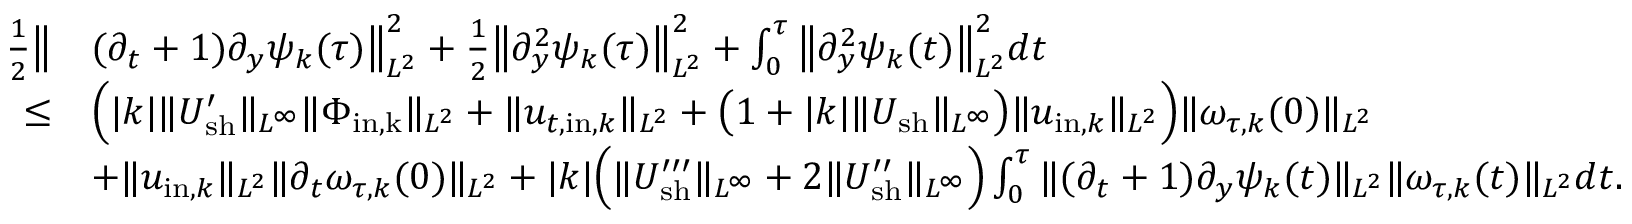
\begin{array} { r l } { \frac { 1 } { 2 } \big \| } & { ( \partial _ { t } + 1 ) \partial _ { y } \psi _ { k } ( \tau ) \big \| _ { L ^ { 2 } } ^ { 2 } + \frac { 1 } { 2 } \big \| \partial _ { y } ^ { 2 } \psi _ { k } ( \tau ) \big \| _ { L ^ { 2 } } ^ { 2 } + \int _ { 0 } ^ { \tau } \big \| \partial _ { y } ^ { 2 } \psi _ { k } ( t ) \big \| _ { L ^ { 2 } } ^ { 2 } d t } \\ { \leq } & { \Big ( | k | \| U _ { \mathrm { s h } } ^ { \prime } \| _ { L ^ { \infty } } \| \Phi _ { \mathrm { i n , k } } \| _ { L ^ { 2 } } + \| u _ { t , \mathrm { i n } , k } \| _ { L ^ { 2 } } + \big ( 1 + | k | \| U _ { \mathrm { s h } } \| _ { L ^ { \infty } } \big ) \| u _ { \mathrm { i n } , k } \| _ { L ^ { 2 } } \Big ) \| \omega _ { \tau , k } ( 0 ) \| _ { L ^ { 2 } } } \\ & { + \| u _ { \mathrm { i n } , k } \| _ { L ^ { 2 } } \| \partial _ { t } \omega _ { \tau , k } ( 0 ) \| _ { L ^ { 2 } } + | k | \Big ( \| U _ { \mathrm { s h } } ^ { \prime \prime \prime } \| _ { L ^ { \infty } } + 2 \| U _ { \mathrm { s h } } ^ { \prime \prime } \| _ { L ^ { \infty } } \Big ) \int _ { 0 } ^ { \tau } \| ( \partial _ { t } + 1 ) \partial _ { y } \psi _ { k } ( t ) \| _ { L ^ { 2 } } \| \omega _ { \tau , k } ( t ) \| _ { L ^ { 2 } } d t . } \end{array}